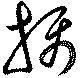
摂